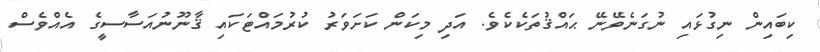
ކިބައިން ނިގުޅައި ނުގަނެވޭނޭ ޙައްޤުތަކެކެވެ. އަދި މިކަން ކަށަވަރު ކުރުމައްޓަކައި ޤާނޫނުއަސާސީގެ އެއްވެސް